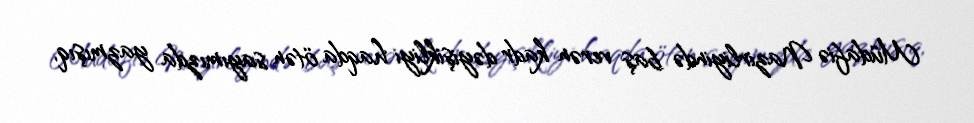
Müdafiə Nazirliyində baş verən kadr dəyişikliyi haqda ötən sayımızda yazmışıq,